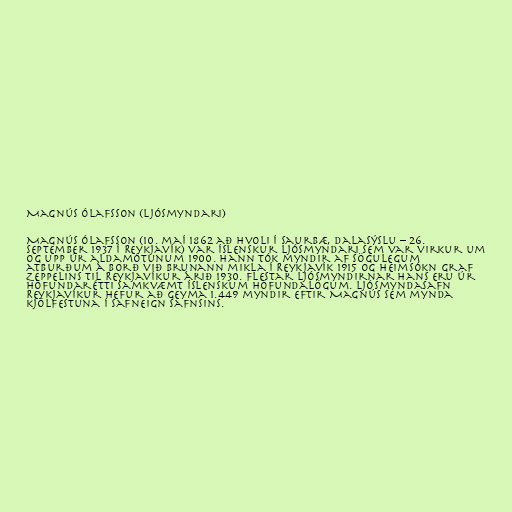
Magnús Ólafsson (ljósmyndari)

Magnús Ólafsson (10. maí 1862 að Hvoli í Saurbæ, Dalasýslu – 26.
september 1937 í Reykjavík) var íslenskur ljósmyndari sem var virkur um
og upp úr aldamótunum 1900. Hann tók myndir af sögulegum
atburðum á borð við brunann mikla í Reykjavík 1915 og heimsókn Graf
Zeppelins til Reykjavíkur árið 1930. Flestar ljósmyndirnar hans eru úr
höfundarétti samkvæmt íslenskum höfundalögum. Ljósmyndasafn
Reykjavíkur hefur að geyma 1.449 myndir eftir Magnús sem mynda
kjölfestuna í safneign safnsins.